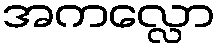
အကလ္လော